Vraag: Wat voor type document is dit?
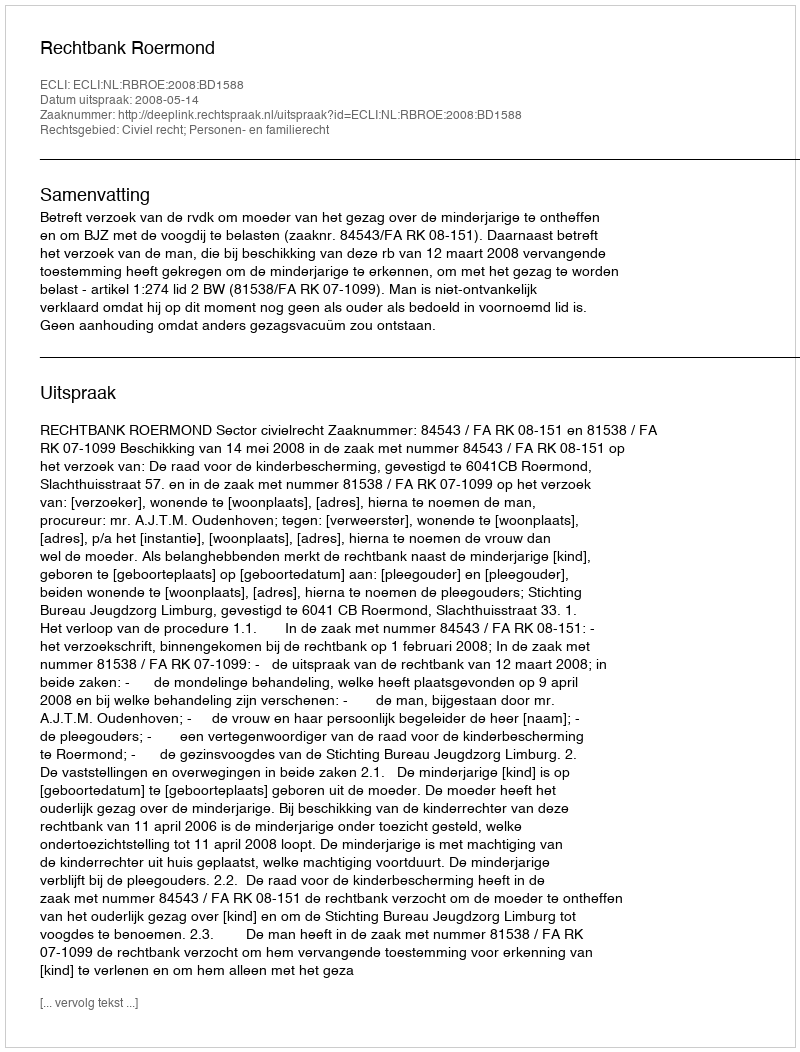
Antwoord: Uitspraak